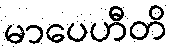
မာပေဟီတိ